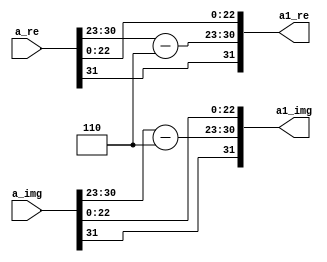
`timescale 1ns / 1ps
//////////////////////////////////////////////////////////////////////////////////
// Company: 
// Engineer: 
// 
// Design Name: 
// Module Name:    sixtyfourth 
// Project Name: 
// Target Devices: 
// Tool versions: 
// Description: 
//
// Dependencies: 
//
// Revision: 
// Revision 0.01 - File Created
// Additional Comments: 
//
//////////////////////////////////////////////////////////////////////////////////
module sixtyfourth(
    input [31:0] a_re,
    input [31:0] a_img,
    output [31:0] a1_re,
    output [31:0] a1_img
    );

assign a1_re[31]=a_re[31],a1_img[31]=a_img[31];
assign a1_re[30:23]=a_re[30:23]-8'b00000110,a1_img[30:23]=a_img[30:23]-8'b00000110;
assign a1_re[22:0]=a_re[22:0],a1_img[22:0]=a_img[22:0];
endmodule